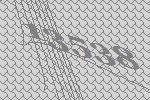
13538